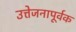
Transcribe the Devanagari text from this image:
उत्तेजनापूर्वक